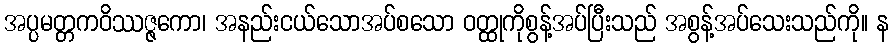
အပ္ပမတ္တကဝိဿဇ္ဇကော၊ အနည်းငယ်သောအပ်စသော ဝတ္ထုကိုစွန့်အပ်ပြီးသည် အစွန့်အပ်သေးသည်ကို။ န